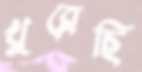
খুব্‌লেছি